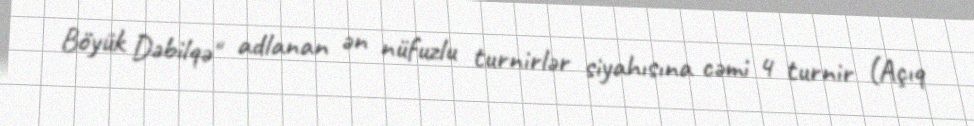
Böyük Dəbilqə" adlanan ən nüfuzlu turnirlər siyahısına cəmi 4 turnir (Açıq